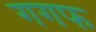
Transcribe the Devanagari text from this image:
गगफ